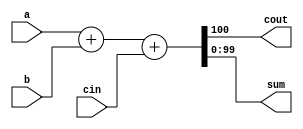
module top_module (
	input [99:0] a,
	input [99:0] b,
	input cin,
	output cout,
	output [99:0] sum
);

	// The concatenation {cout, sum} is a 101-bit vector.
	assign {cout, sum} = a + b + cin;

endmodule